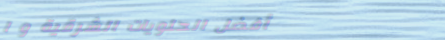
أفضل الحلويات الشرقية و ا